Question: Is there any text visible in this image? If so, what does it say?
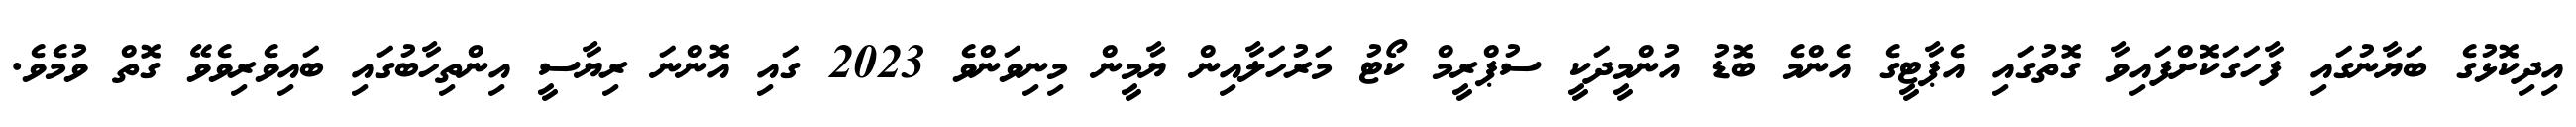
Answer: އިދިކޮޅުގެ ބަޔާނުގައި ފާހަގަކޮށްފައިވާ ގޮތުގައި އެޕާޓީގެ އެންމެ ބޮޑު އުންމީދަކީ ސުޕްރީމް ކޯޓު މަރުހަލާއިން ޔާމީން މިނިވަންވެ 2023 ގައި އޮންނަ ރިޔާސީ އިންތިހާބުގައި ބައިވެރިވެވޭ ގޮތް ވުމެވެ.